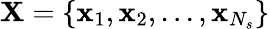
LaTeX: \mathbf X=\{ \mathbf x_{1},\mathbf x_{2},\dots,\mathbf x_{N_{s}}\}